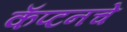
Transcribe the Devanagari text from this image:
कॅप्टनचे